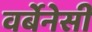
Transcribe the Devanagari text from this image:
वर्बेनेसी